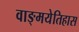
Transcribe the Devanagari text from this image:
वाङ्मयेतिहास